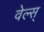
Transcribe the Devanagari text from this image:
वेल्स्